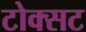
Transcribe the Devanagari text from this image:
टोक्सट